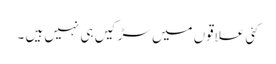
کئی علاقوں میں سڑکیں ہی نہیں ہیں ۔